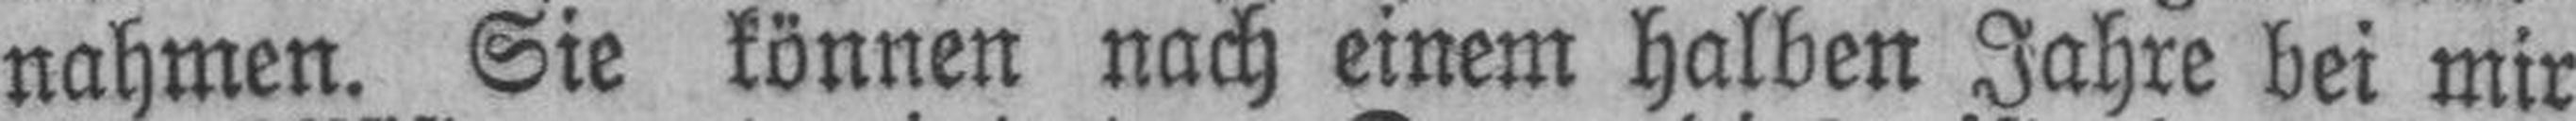
nahmen. Sie können nach einem halben Jahre bei mir